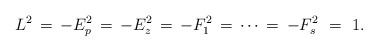
LaTeX: \begin{align*} L^2\,= \,-E_p^2 \,= \, -E_z^2 \, = \, -F_1^2 \, = \, \cdots \,= \, -F_s^2 \,\, = \,\, 1. \end{align*}